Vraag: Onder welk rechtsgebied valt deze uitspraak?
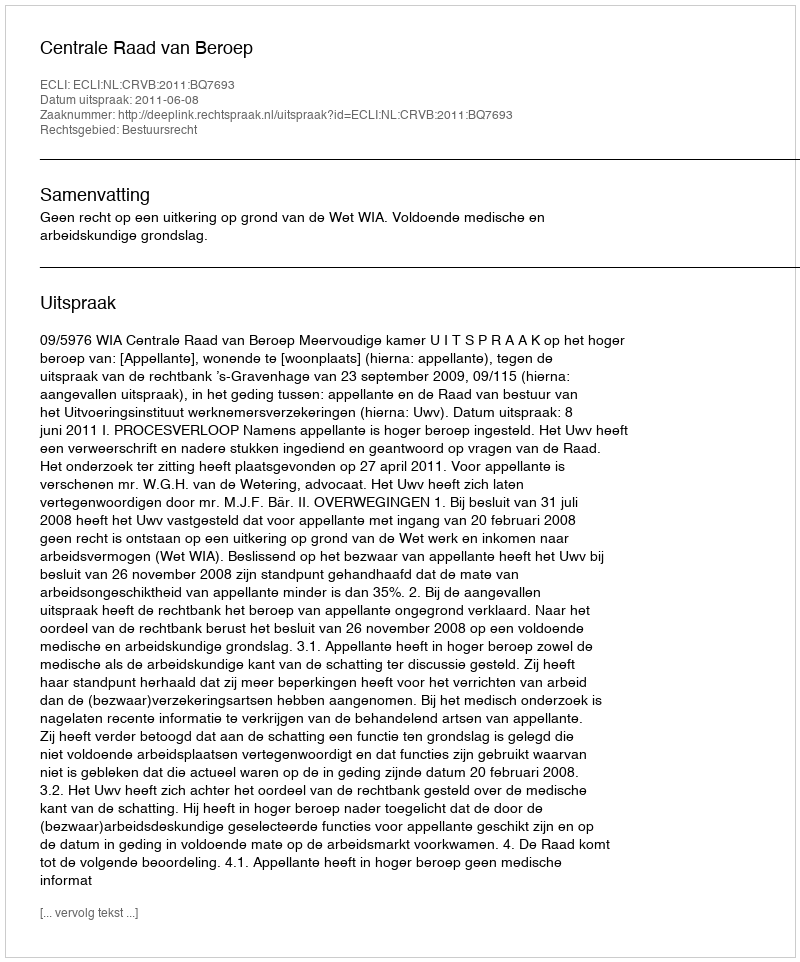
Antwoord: Bestuursrecht